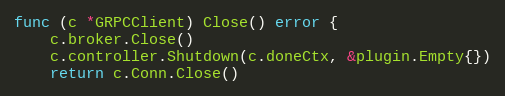
Language: Go
func (c *GRPCClient) Close() error {
	c.broker.Close()
	c.controller.Shutdown(c.doneCtx, &plugin.Empty{})
	return c.Conn.Close()